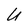
Character: U